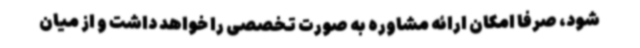
شود، صرفا امکان ارائه مشاوره به صورت تخصصی را خواهد داشت و از میان